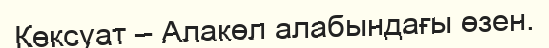
Көксуат – Алакөл алабындағы өзен.